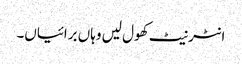
انٹرنیٹ کھول لیں وہاں برائیاں۔